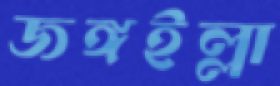
জঙ্গইল্লা